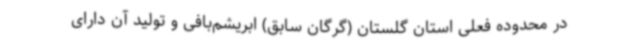
در محدوده فعلی استان گلستان (گرگان سابق) ابریشم‌بافی و تولید آن دارای